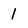
Character: 1